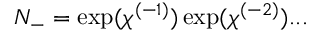
N _ { - } = \exp ( \chi ^ { ( - 1 ) } ) \exp ( \chi ^ { ( - 2 ) } ) . . .